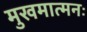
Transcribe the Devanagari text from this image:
मुखमात्मनः